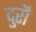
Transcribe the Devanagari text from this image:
दुरौ